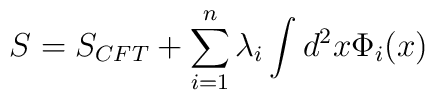
S=S_{CFT}+\sum _{i=1}^{n}\lambda _{i}\int d^{2}x\Phi _{i}(x)